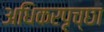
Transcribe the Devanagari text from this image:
अधिकरपृच्छा